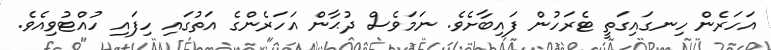
އަހަރެން ހިނގައިގަތީ ޓެރަހުން ފައިބާށެވެ. ނަމަވެސް ދުޙާން އަހަރެންގެ އަތުގައި ހިފައި ހުއްޓުވިއެވެ.